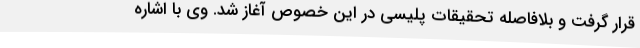
قرار گرفت و بلافاصله تحقیقات پلیسی در این خصوص آغاز شد. وی با اشاره